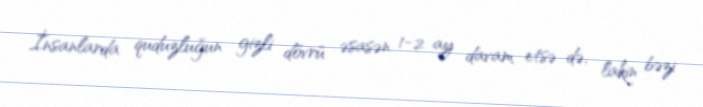
İnsanlarda quduzluğun gizli dövrü əsasən 1-2 ay davam etsə də, lakin bəzi